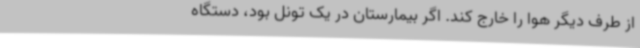
از طرف دیگر هوا را خارج کند. اگر بیمارستان در یک تونل بود، دستگاه